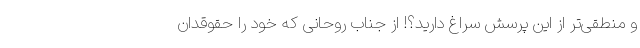
و منطقی‌تر از این پرسش سراغ دارید؟! از جناب روحانی که خود را حقوقدان